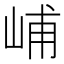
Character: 峬